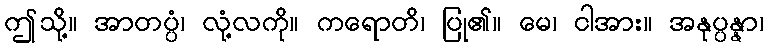
ဤသို့။ အာတပ္ပံ၊ လုံ့လကို။ ကရောတိ၊ ပြု၏။ မေ၊ ငါအား။ အနုပ္ပန္နာ၊